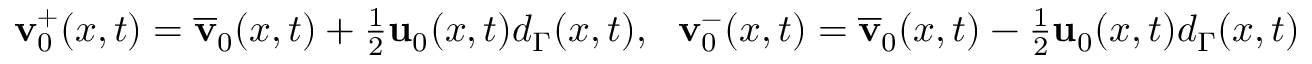
\begin{array} { r } { \mathbf { v } _ { 0 } ^ { + } ( x , t ) = \overline { { \mathbf { v } } } _ { 0 } ( x , t ) + \frac { 1 } { 2 } \mathbf { u } _ { 0 } ( x , t ) d _ { \Gamma } ( x , t ) , \ \ \mathbf { v } _ { 0 } ^ { - } ( x , t ) = \overline { { \mathbf { v } } } _ { 0 } ( x , t ) - \frac { 1 } { 2 } \mathbf { u } _ { 0 } ( x , t ) d _ { \Gamma } ( x , t ) } \end{array}